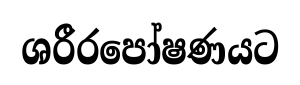
ශරීරපෝෂණයට